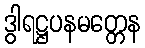
ဒွါရဋ္ဌပနမတ္တေန